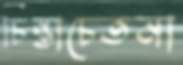
চিন্তাচেতনা